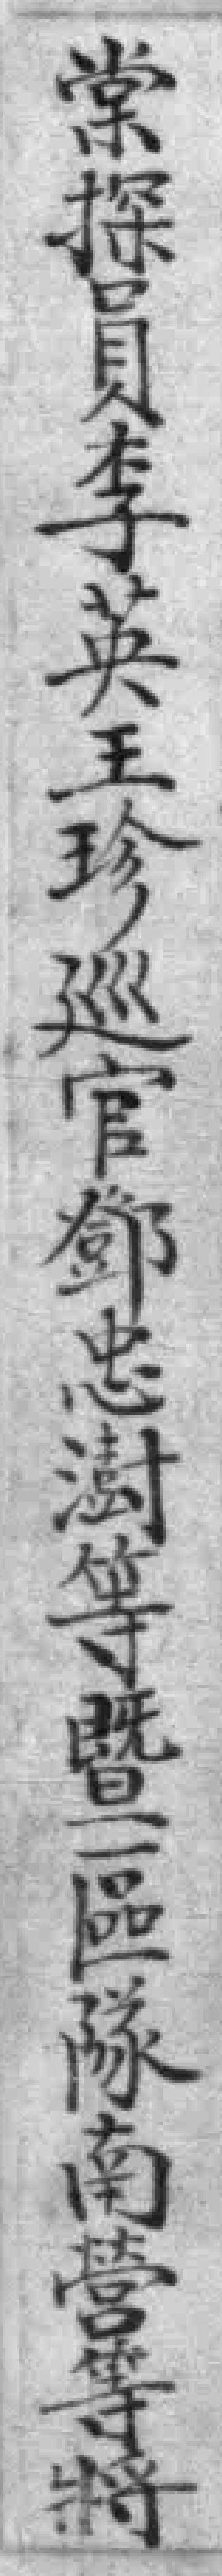
棠探員李英王珍巡官鄧忠澍等暨一區隊南營等將